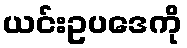
ယင်းဥပဒေကို